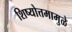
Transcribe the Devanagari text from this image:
शिष्योत्तमामुळे